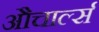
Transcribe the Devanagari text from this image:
औचार्ल्स